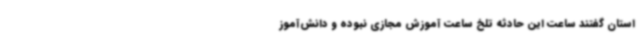
استان گفتند ساعت این حادثه تلخ ساعت آموزش مجازی نبوده و دانش‌آموز